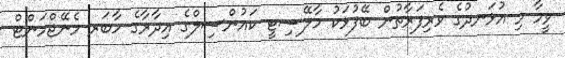
ވީމާ މި އުޅަނދުގެ ވެރިފަރާތުން ބޭފުޅަކު މާލޭސިޓީ ކައުންސިލްގެ އިދާރާގެ ހާބަރ މެނޭޖްމަންޓް